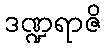
ဒဏ္ဍရာဇိ